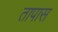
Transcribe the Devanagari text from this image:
तापास